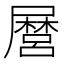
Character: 𭕸